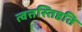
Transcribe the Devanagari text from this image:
त्वत्तस्तिष्ठति